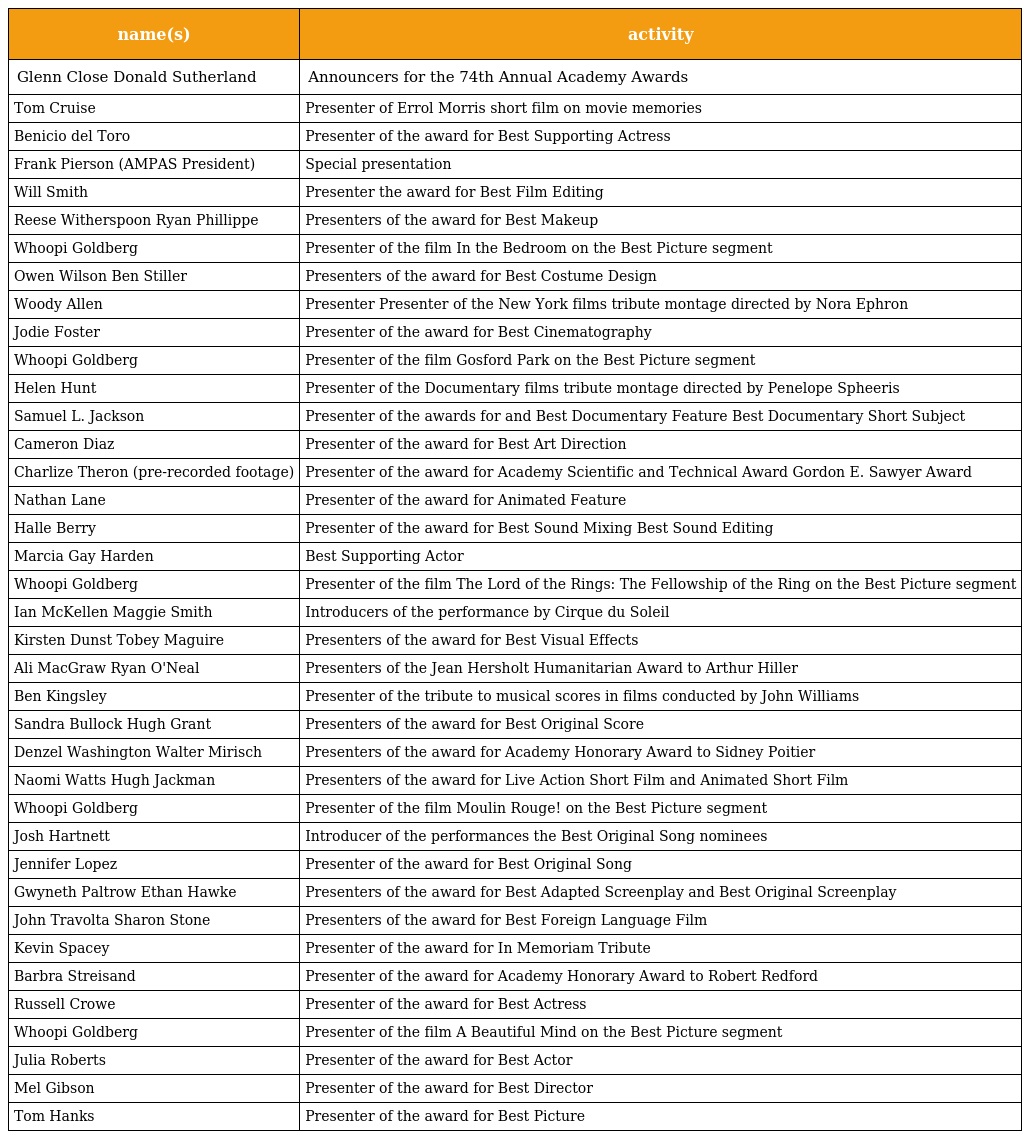
| name(s) | activity |
 | --- | --- |
 | Glenn Close Donald Sutherland | Announcers for the 74th Annual Academy Awards |
 | Tom Cruise | Presenter of Errol Morris short film on movie memories |
 | Benicio del Toro | Presenter of the award for Best Supporting Actress |
 | Frank Pierson (AMPAS President) | Special presentation |
 | Will Smith | Presenter the award for Best Film Editing |
 | Reese Witherspoon Ryan Phillippe | Presenters of the award for Best Makeup |
 | Whoopi Goldberg | Presenter of the film In the Bedroom on the Best Picture segment |
 | Owen Wilson Ben Stiller | Presenters of the award for Best Costume Design |
 | Woody Allen | Presenter Presenter of the New York films tribute montage directed by Nora Ephron |
 | Jodie Foster | Presenter of the award for Best Cinematography |
 | Whoopi Goldberg | Presenter of the film Gosford Park on the Best Picture segment |
 | Helen Hunt | Presenter of the Documentary films tribute montage directed by Penelope Spheeris |
 | Samuel L. Jackson | Presenter of the awards for and Best Documentary Feature Best Documentary Short Subject |
 | Cameron Diaz | Presenter of the award for Best Art Direction |
 | Charlize Theron (pre-recorded footage) | Presenter of the award for Academy Scientific and Technical Award Gordon E. Sawyer Award |
 | Nathan Lane | Presenter of the award for Animated Feature |
 | Halle Berry | Presenter of the award for Best Sound Mixing Best Sound Editing |
 | Marcia Gay Harden | Best Supporting Actor |
 | Whoopi Goldberg | Presenter of the film The Lord of the Rings: The Fellowship of the Ring on the Best Picture segment |
 | Ian McKellen Maggie Smith | Introducers of the performance by Cirque du Soleil |
 | Kirsten Dunst Tobey Maguire | Presenters of the award for Best Visual Effects |
 | Ali MacGraw Ryan O'Neal | Presenters of the Jean Hersholt Humanitarian Award to Arthur Hiller |
 | Ben Kingsley | Presenter of the tribute to musical scores in films conducted by John Williams |
 | Sandra Bullock Hugh Grant | Presenters of the award for Best Original Score |
 | Denzel Washington Walter Mirisch | Presenters of the award for Academy Honorary Award to Sidney Poitier |
 | Naomi Watts Hugh Jackman | Presenters of the award for Live Action Short Film and Animated Short Film |
 | Whoopi Goldberg | Presenter of the film Moulin Rouge! on the Best Picture segment |
 | Josh Hartnett | Introducer of the performances the Best Original Song nominees |
 | Jennifer Lopez | Presenter of the award for Best Original Song |
 | Gwyneth Paltrow Ethan Hawke | Presenters of the award for Best Adapted Screenplay and Best Original Screenplay |
 | John Travolta Sharon Stone | Presenters of the award for Best Foreign Language Film |
 | Kevin Spacey | Presenter of the award for In Memoriam Tribute |
 | Barbra Streisand | Presenter of the award for Academy Honorary Award to Robert Redford |
 | Russell Crowe | Presenter of the award for Best Actress |
 | Whoopi Goldberg | Presenter of the film A Beautiful Mind on the Best Picture segment |
 | Julia Roberts | Presenter of the award for Best Actor |
 | Mel Gibson | Presenter of the award for Best Director |
 | Tom Hanks | Presenter of the award for Best Picture |